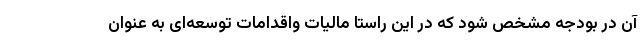
آن در بودجه مشخص شود که در این راستا مالیات واقدامات توسعه‌ای به عنوان